Scottish assistants in French and Prussian schools and colleges, 1910
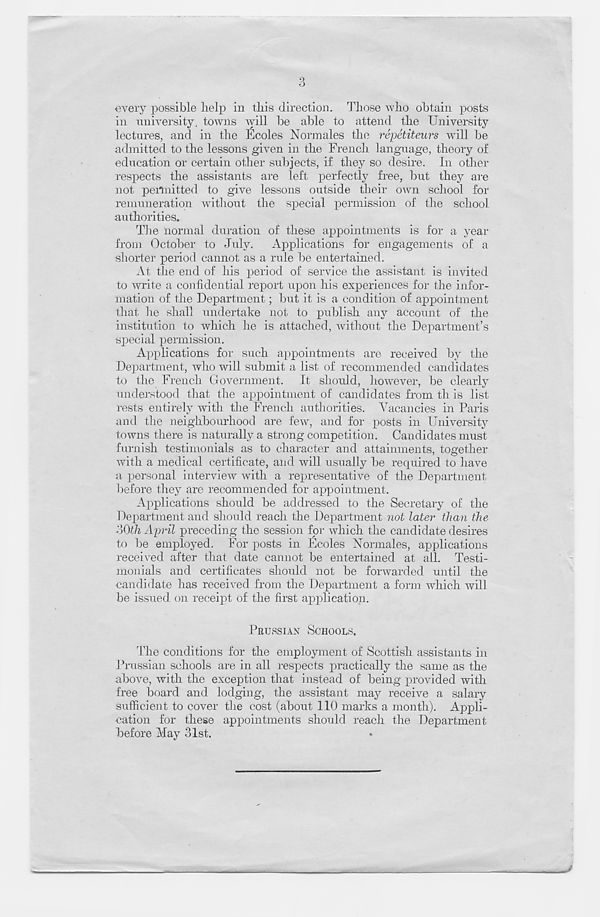
every possible help in this direction. Those who obtain posts
in university, towns will be able to attend the University
lectures, and in the Ecoles Norm ales the reyetiteurs will be
admitted to the lessons given in the French language, theory of
education or certain other subjects, if they so desire. In other
respects the assistants are left perfectly free, but they are
not pertnitted to give lessons outside their own school for
remuneration without the special permission of the school
authorities.
The normal duration of these appointments is for a year
from October to July. Applications for engagements of a
shorter period cannot as a rule be entertained.
At the end of his period of service the assistant is invited
to write a confidential report upon his experiences for the infor-
mation of the Department; but it is a condition of appointment
that he shall undertake not to publish any account of the
institution to which he is attached, without the Department’s
special permission.
Applications for such appointments are received by the
Department, who will submit a list of recommended candidates
to the French Government. It should, however, be clearly
understood that the appointment of candidates from th is list
rests entirely with the French authorities. Vacancies in Paris
and the neighbourhood are few, and for posts in University
towns there is naturally a strong competition. Candidates must
furnish testimonials as to character and attainments, together
with a medical certificate, and will usually be required to have
a personal interview with a representative of the Department
before they are recommended for appointment.
Applications should be addressed to the Secretary of the
Department and should reach the Department not later than the
30th April preceding the session for which the candidate desires
to be employed. For posts in Ecoles Normales, applications
received after that date cannot be entertained at ail. Testi-
monials and certificates should not be forwarded until the
candidate has received from the Department a form which will
be issued on receipt of the first application.
PRUSSIAN SCHOOLS.
The conditions for the employment of Scottish assistants in
Prussian schools are in all respects practically the same as the
above, with the exception that instead of being provided with
free board and lodging, the assistant may receive a salary
sufficient to cover the cost (about 1.10 marks a month). Appli-
cation for these appointments should reach the Department
before May 31st.